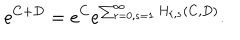
LaTeX: e ^ { C + D } = e ^ { C } e ^ { \sum _ { r = 0 , s = 1 } ^ { \infty } H _ { r , s } ( C , D ) } .